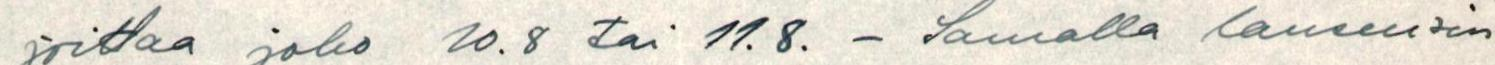
joittaa joko 10.8 tai 11.8. - Samalla lausuisin